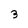
Character: 3